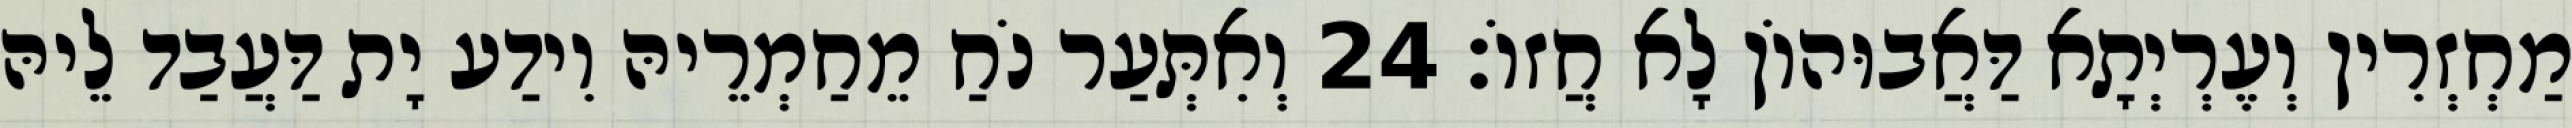
מַחְזְרִין וְעֶרְיְתָא דַּאֲבוּהוֹן לָא חֲזוֹ׃ 24 וְאִתְּעַר נֹחַ מֵחַמְרֵיהּ וִידַע יָת דַּעֲבַד לֵיהּ